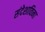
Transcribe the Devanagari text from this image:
संदेशाविना